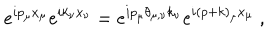
LaTeX: e ^ { i p _ { \mu } x _ { \mu } } e ^ { i k _ { \nu } x _ { \nu } } = e ^ { i p _ { \mu } \theta _ { \mu , \nu } k _ { \nu } } e ^ { i ( p + k ) _ { \mu } x _ { \mu } } ~ ,